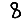
Digit: 8